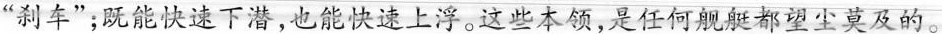
”刹车”；既能快速下潜，也能快速上浮。这些本领，是任何舰艇都望尘莫及的。